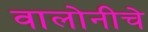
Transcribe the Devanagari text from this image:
वालोनीचे